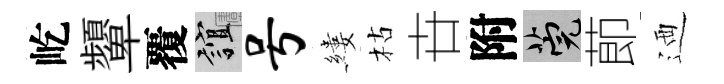
屹顰覆誼号縷枯卋附筦莭迺